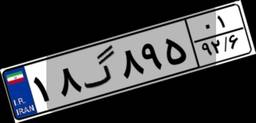
۱۸گ۸۹۵۰۱